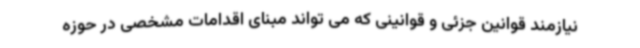
نیازمند قوانین جزئی و قوانینی که می تواند مبنای اقدامات مشخصی در حوزه